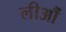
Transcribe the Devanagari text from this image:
लीऔं